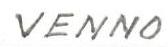
VENNO